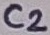
Text: C2